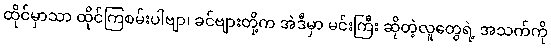
ထိုင်မှာသာ ထိုင်ကြစမ်းပါဗျာ၊ ခင်ဗျားတို့က အဲဒီမှာ မင်းကြီး ဆိုတဲ့လူတွေရဲ့ အသက်ကို